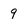
Character: 9